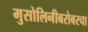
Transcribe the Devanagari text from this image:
मुसोलिनीबरोबरचा